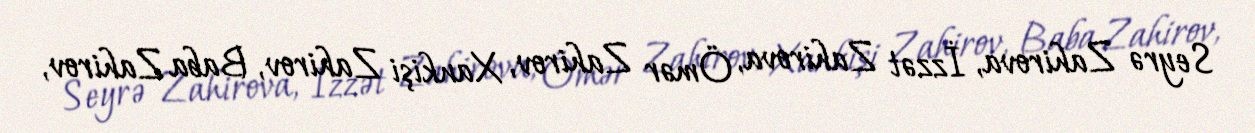
Seyrə Zahirova, İzzət Zahirova, Ömər Zahirov, Xankişi Zahirov, Baba Zahirov,